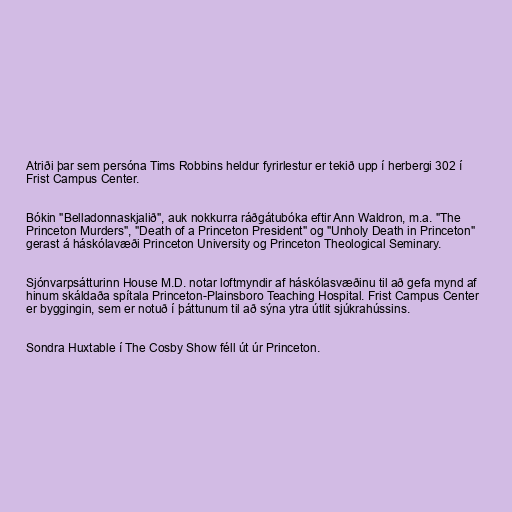
Atriði þar sem persóna Tims Robbins heldur fyrirlestur er tekið upp í herbergi 302 í
Frist Campus Center.

Bókin "Belladonnaskjalið", auk nokkurra ráðgátubóka eftir Ann Waldron, m.a. "The
Princeton Murders", "Death of a Princeton President" og "Unholy Death in Princeton"
gerast á háskólavæði Princeton University og Princeton Theological Seminary.

Sjónvarpsátturinn House M.D. notar loftmyndir af háskólasvæðinu til að gefa mynd af
hinum skáldaða spítala Princeton-Plainsboro Teaching Hospital. Frist Campus Center
er byggingin, sem er notuð í þáttunum til að sýna ytra útlit sjúkrahússins.

Sondra Huxtable í The Cosby Show féll út úr Princeton.